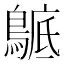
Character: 𪂰